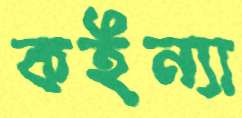
কইন্যা